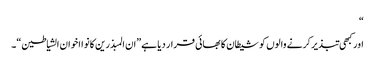
“
اور کبھی تبذیر کرنے والوں کو شیطان کا بھائی قرار دیا ہے”ان المبذرین کانوا اخوان الشیاطین“۔